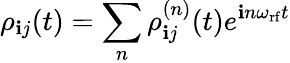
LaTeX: \rho_{\mathbf{i}j}(t)=\sum_{n}\rho_{\mathbf{i}j}^{(n)}(t)e^{\mathbf{i}n\omega_{\mathrm{{rf}}}t}